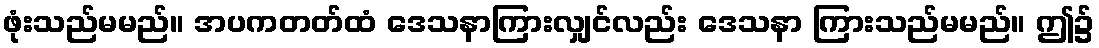
ဖုံးသည်မမည်။ အပကတတ်ထံ ဒေသနာကြားလျှင်လည်း ဒေသနာ ကြားသည်မမည်။ ဤ၌